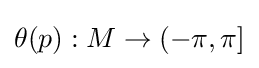
\theta (p):M\rightarrow (-\pi ,\pi ]